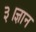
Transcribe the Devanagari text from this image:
३।ज्ञान